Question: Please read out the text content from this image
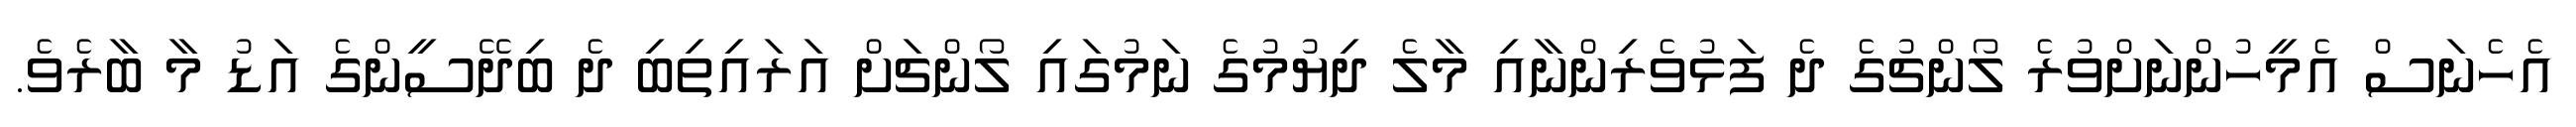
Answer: އެހެނަސް އެމީހުންނަށްވުރެ ލޯންޗުގެ ދެ ފަޅުވެރިންނާއި މާލެ ދިޔުމުގެ ނަމުގައި ލޯންޗަށް އަރައިތިބި ދެ ބިދޭސީންގެ އަޑު މާ ބާރެވެ.